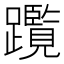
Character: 𨇣